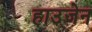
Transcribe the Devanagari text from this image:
हाउजेन